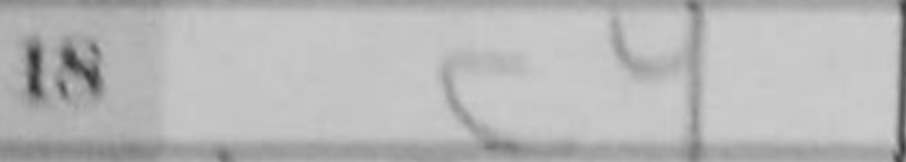
Transcription: c4